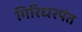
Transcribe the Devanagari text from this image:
गिरिधरपंत